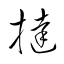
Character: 撻